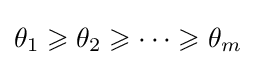
\theta _{1}\geqslant \theta _{2}\geqslant \dots \geqslant \theta _{m}